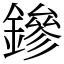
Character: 鏒